Annual report of the Civil Veterinary Department, Bengal, and of the Bengal Veterinary College for the year 1905-1906 - 1905-1906
Year: 1905
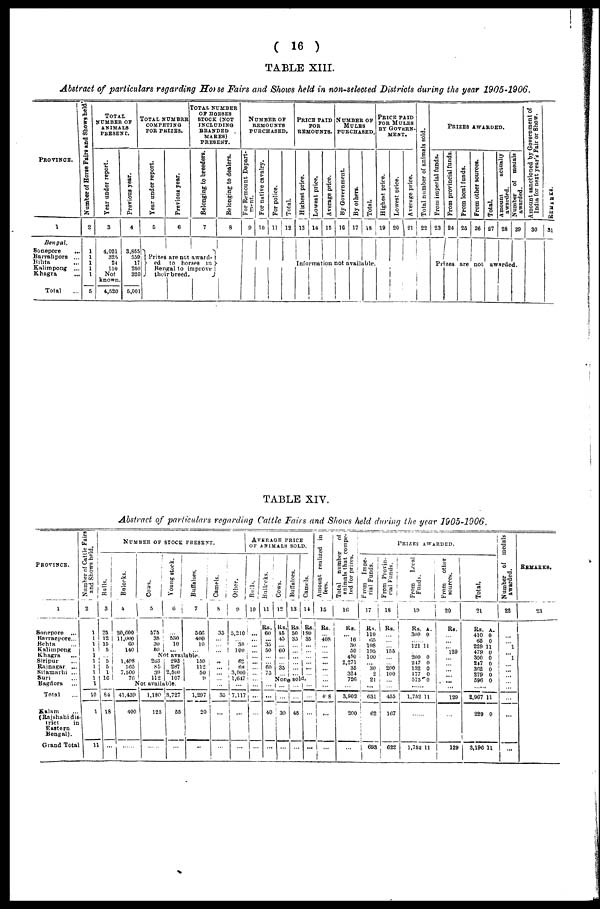
(16)
TABLE XIII.
Abstract of particulars regarding Horse Fairs and Shows held in non-selected Districts during the year 1905-1906.
PROVINCE.
1
Bengal.
Sonepore
...
Barrahpore
...
Bihta ...
Kalimpong
...
Khagra
...
Total ...
Number of Horse Fairs and Shows held
2
1
1
1
1
1
5
TOTAL
NUMBER OF
ANIMALS
PRESENT.
Year under report.
3
4,021
325
24
150
Not
known.
4,520
Previous year.
4
3,855|
559
17
250
320
6,001
TOTAL NUMBER
COMPETING
FOR PRIZES.
Year under report.
5
Previous year.
6
TOTAL NUMBER
OP HORSES
STOCK (NOT
INCLUDING
BRANDED
MARES)
PRESENT.
Belonging to breeders.
7
Prizes are not award-
ed
to
horses
in
Bengal to improve
J
their breed,
Belonging to dealers.
8
NUMBER OF
REMOUNTS
PURCHASED.
For Remount Depart-
ment.
9
For native cavalry.
10
For police.
11
Total.
12
PRICE PAID
FOR
REMOUNTS.
Highest price.
13
Lowest price.
14
Average price.
15
NUMBER OF
MULES
PURCHASED,
By Government.
16
By others.
17
Total.
18
Information not available.
PRICE PAID
FOR MULES
BY GOVERN¬
MENT.
Highest price.
19
Lowest price.
20
Average price.
21
Total number of animals sold.
22
PRIZES
AWARDED.
From imperial funds.
23
From provincial funds.
24
From local funds.
25
From other sources.
26
Total.
27
Amount
actually
awarded.
28
Number of medals
awarded.
29
Prizes are not
awarded.
Amount sanctioned by Government of
India for next year's Fair or Show.
30
REMARKS.
31
TABLE XIV.
Abstract of particulars regarding Cattle Fairs and Shows held during the year 1905-1906.
PROVINCE.
1
Sonepore
...
Barracpore...
Behta ...
Kalimpong
Khagra ...
Siripur ...
Rajnagar ...
Sitamarhi ...
Suri ...
Bagdora ...
Total ...
Kalam ...
(Rajshahi dis-
trict
in
Eastern
Bengal).
Grand Total
Number of Cattle Fairs
and Shows held.
2
1
1
1
1
1
1
1
1
1
1
10
1
11
NUMBER
OF STOCK PRESENT.
Bulls.
3
25
12
15
5
... 5
6
1
16
84
18
...
Bulocks.
4
20,600
11,000
60
140
1,498
565
7,500
70
Cows.
5
575
35
30
60
Young stock.
6
... 530
10
...
Buffaloes.
7
566
400
10
...
Not available.
203
85
30
112
293
287
2,500
107
Not available.
41,439
400
......
1 1,180
125
......
3,727
55
...
150
112
50
9
...
1,297
20
...
Camels.
8
35
...
... ...
...
...
...
...
...
...
35
...
...
Other.
9
5,210
... 30
100
...
62
68
3,000
1,647
...
7,117
...
...
AVERAGE PRICE OF ANIMALS SOLD.
Bulls.
10
...
...
...
...
...
...
...
...
...
...
...
...
...
Bullocks.
11
Rs.
60
... 35
50
...
... 60
75
Cows.
12
Rs.
15
45
... 60
...
... 35
...
Buffaloes.
13
Rs.
50
35
...
...
...
...
...
...
Camels.
14
Rs.
180
35
...
...
...
...
...
...
None sold.
...
...
40
...
...
...
30
...
...
...
45
...
...
...
...
...
Amount realized in
fees.
15
Rs.
... 408
...
... ...
...
...
...
...
...
408
...
...
Total number
of
animals that compe-
ted for prizes.
Hi
Rs.
... 16
30
50
450
2,271
35
324
726
...
3,902
200
...
PRIZES AWARDED.
From Impe-
rial Funds.
17
Rs.
110
05
108
195
100
... 30
2
21
...
631
62
693
From Provin-
cial Funds.
18
Rs.
...
... ...
155
...
200
100
...
...
455
167
622
From
Local
Funds.
19
Rs. a.
300 0
... 121 11
...
200 0
247 0
132 0
177 0
575 0
......
1,752 11
......
1,752 11
From
other
sources.
20
Rs.
...
...
... 129
...
...
...
...
...
...
129
...
129
Total.
21
Rs. A.
410 0
65 0
229 11
479 0
300 0
247 0
362 0
279 0
596 0
......
2,967 11
229 0
3,196 11
Number of medals
awarded.
22
...
... 1
... 1
... ...
...
...
...
...
...
...
REMARKS.
23